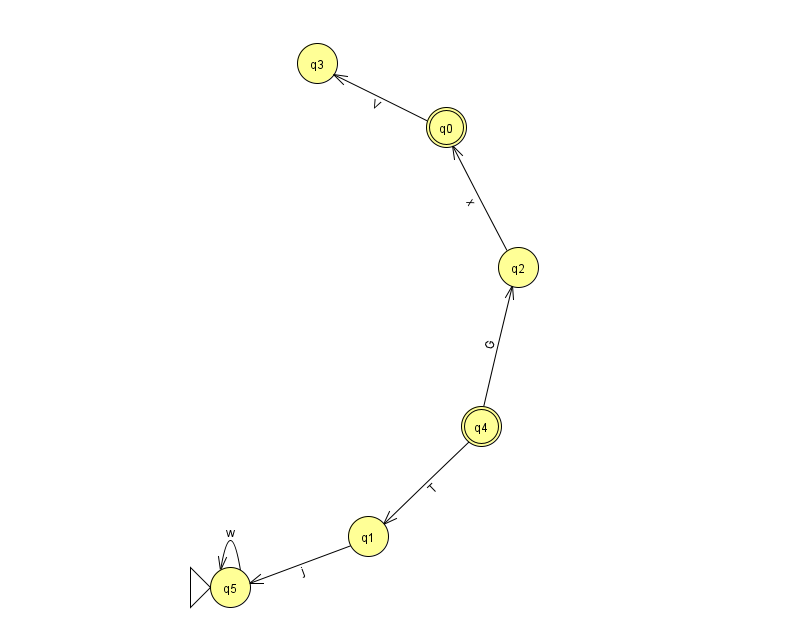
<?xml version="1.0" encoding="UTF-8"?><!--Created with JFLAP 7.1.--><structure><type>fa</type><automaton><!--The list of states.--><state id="0" name="q0"><x>446.0</x><y>114.0</y><final/></state><state id="1" name="q1"><x>368.0</x><y>523.0</y></state><state id="2" name="q2"><x>518.0</x><y>254.0</y></state><state id="3" name="q3"><x>317.0</x><y>50.0</y></state><state id="4" name="q4"><x>481.0</x><y>413.0</y><final/></state><state id="5" name="q5"><x>230.0</x><y>574.0</y><initial/></state><!--The list of transitions.--><transition><from>1</from><to>5</to><read>j</read></transition><transition><from>2</from><to>0</to><read>x</read></transition><transition><from>5</from><to>5</to><read>w</read></transition><transition><from>0</from><to>3</to><read>V</read></transition><transition><from>4</from><to>1</to><read>T</read></transition><transition><from>4</from><to>2</to><read>G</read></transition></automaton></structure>